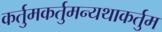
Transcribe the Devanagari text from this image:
कर्तुमकर्तुमन्यथाकर्तुम